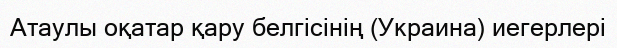
Атаулы оқатар қару белгісінің (Украина) иегерлері